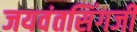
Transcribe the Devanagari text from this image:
जयवंतसिंगजी